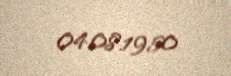
04.08.1950